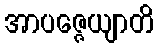
အာပဇ္ဇေယျာတိ